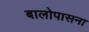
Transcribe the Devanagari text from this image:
बालोपासना